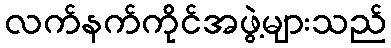
လက်နက်ကိုင်အဖွဲ့များသည်